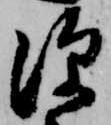
深